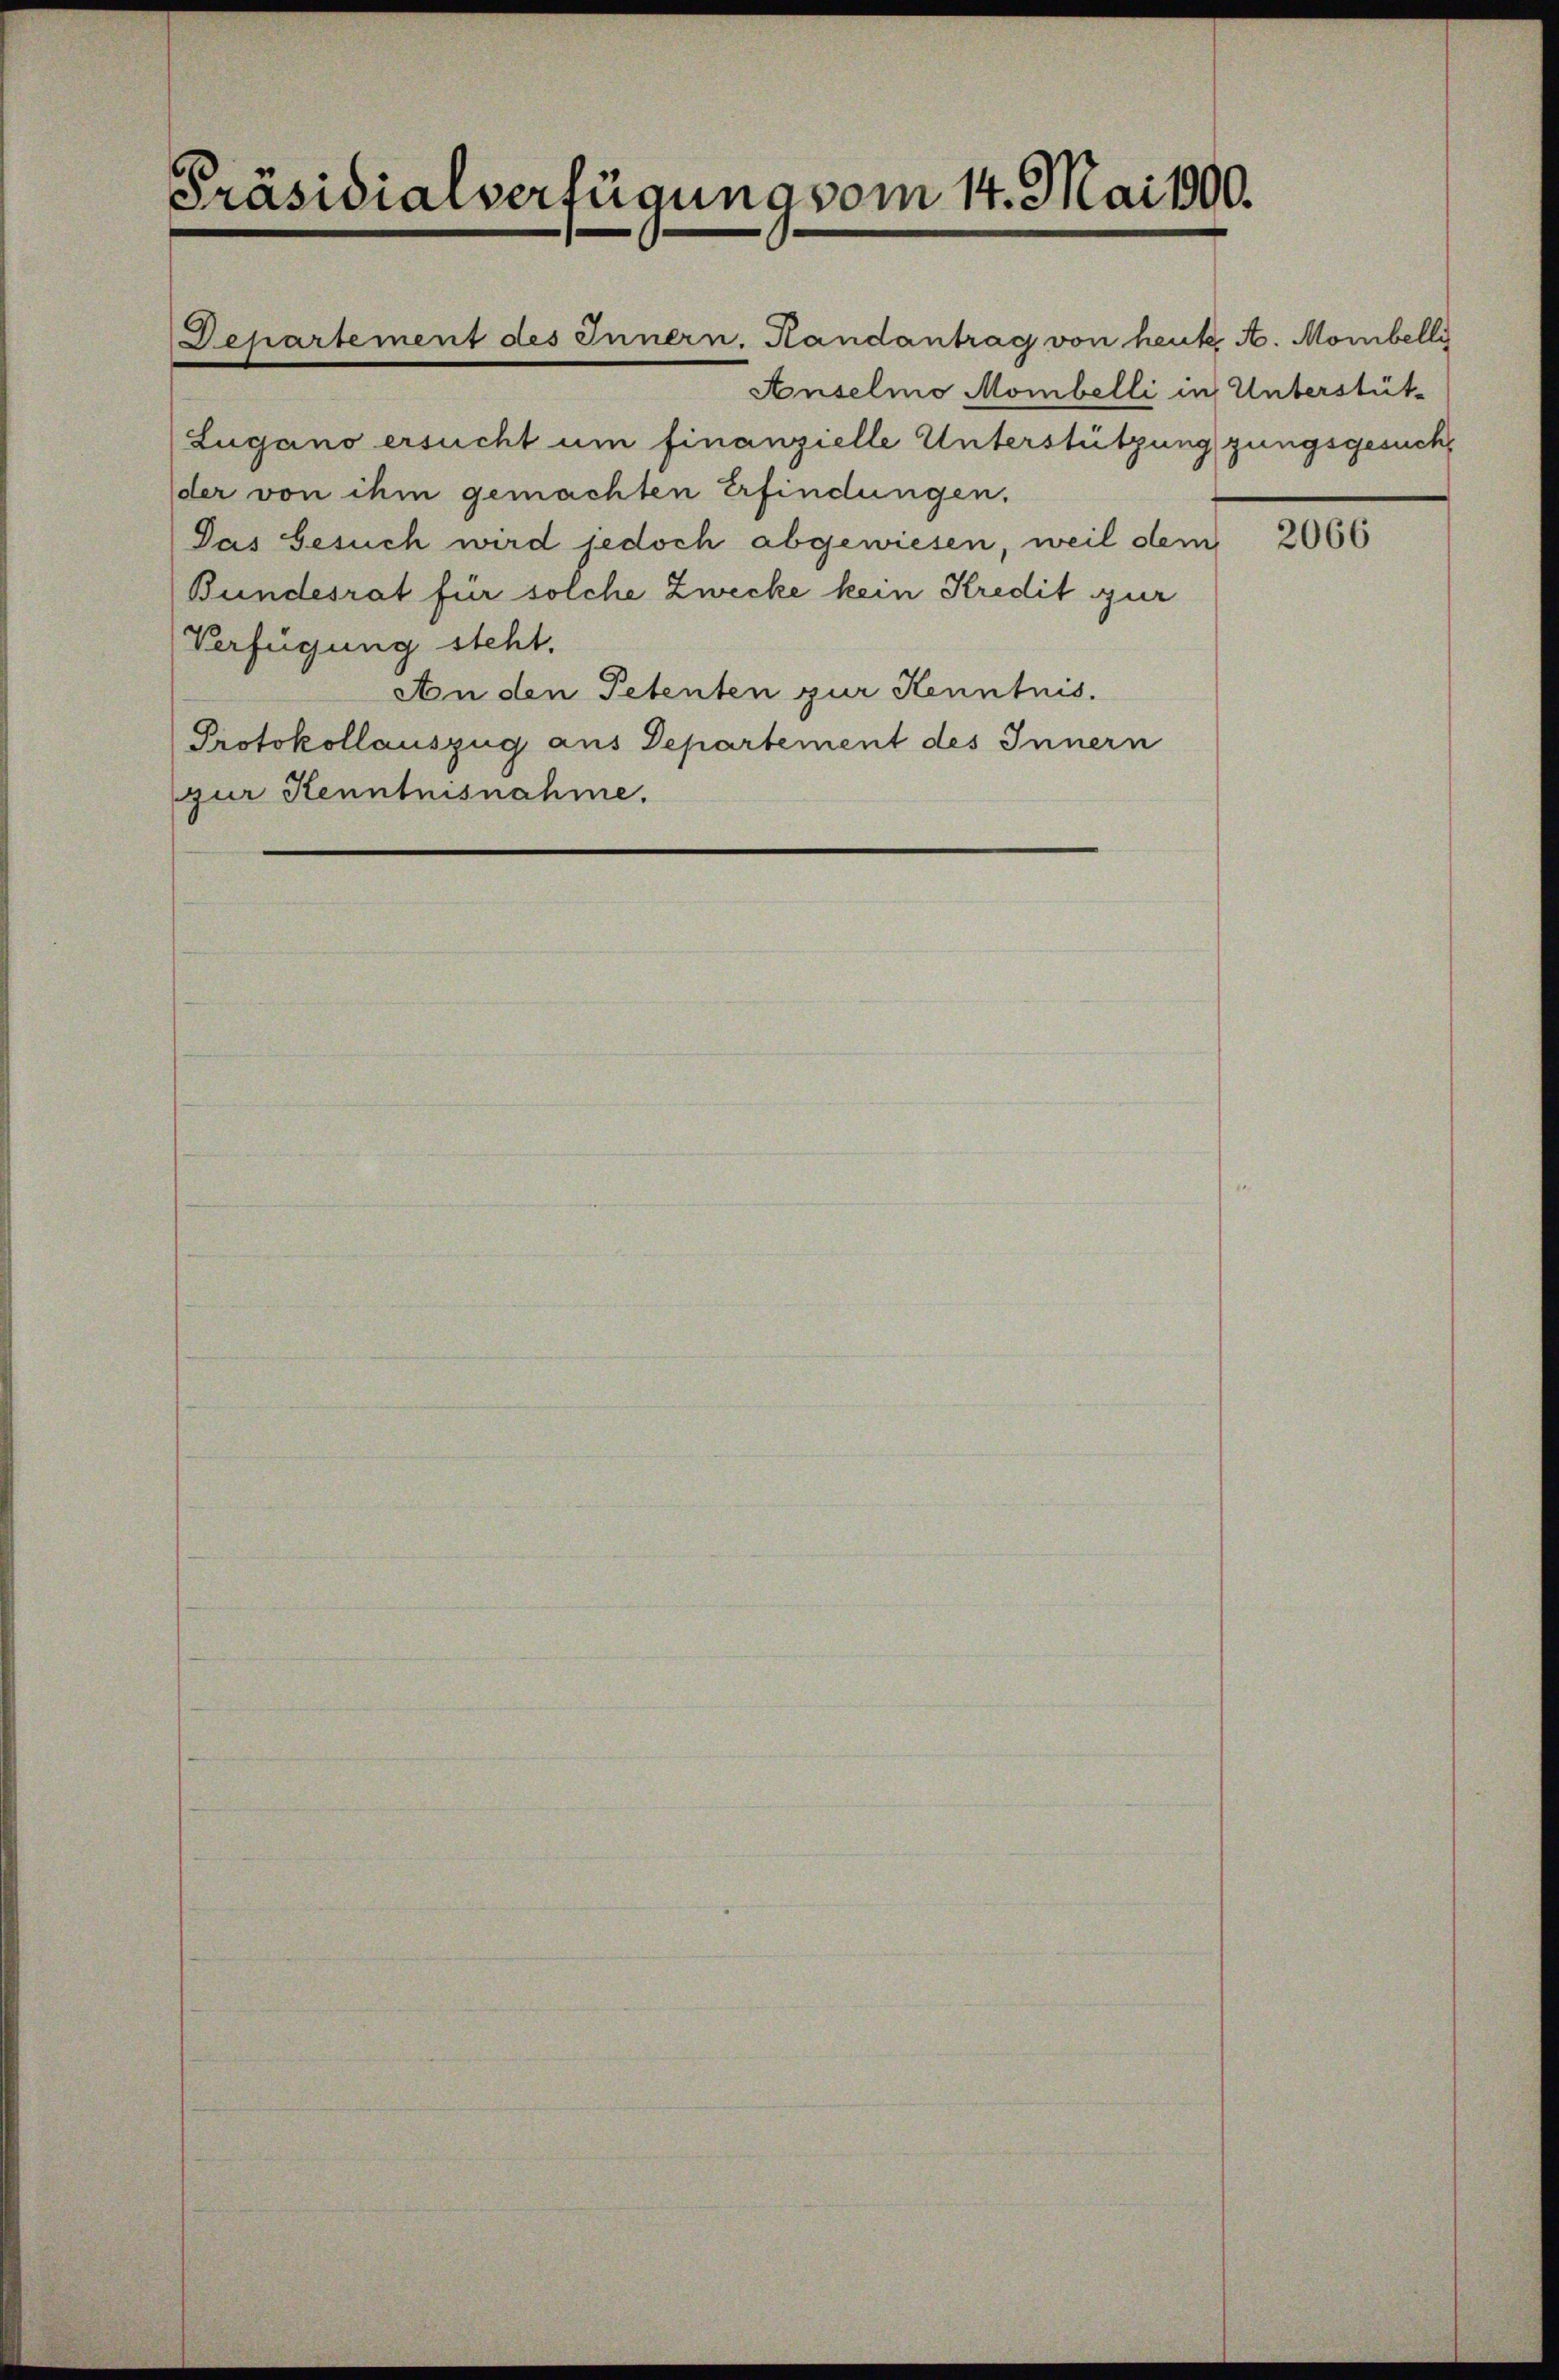
Präsidialverfügung vom 14. Mai 1900.

Departement des Innern. Handantrag von heute A. Mombelly
Anselmo Mombelli in Unterstüt-
Lugano ersucht um finanzielle Unterstützung gungsgesuchder von ihm gemachten Erfindungen.
Das Gesuch wird jedoch abgewiesen, weil dem
Bundesrat für solche Zwecke kein Kredit zur
Verfügung steht.
An den Petenten zur Kenntnis.
Protokollauszug aus Departement des Innern
pur Kenntnisnahme.

2066